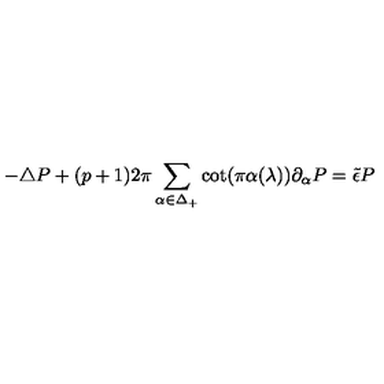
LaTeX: - \triangle P + ( p + 1 ) 2 \pi \sum _ { \alpha \in \Delta _ { + } } \cot ( \pi \alpha ( \lambda ) ) \partial _ { \alpha } P = \tilde { \epsilon } P